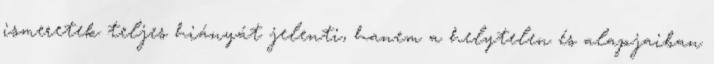
ismeretek teljes hiányát jelenti, hanem a helytelen és alapjaiban